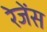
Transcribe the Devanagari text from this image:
रेजेंस